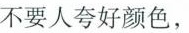
不要人夸好颜色，